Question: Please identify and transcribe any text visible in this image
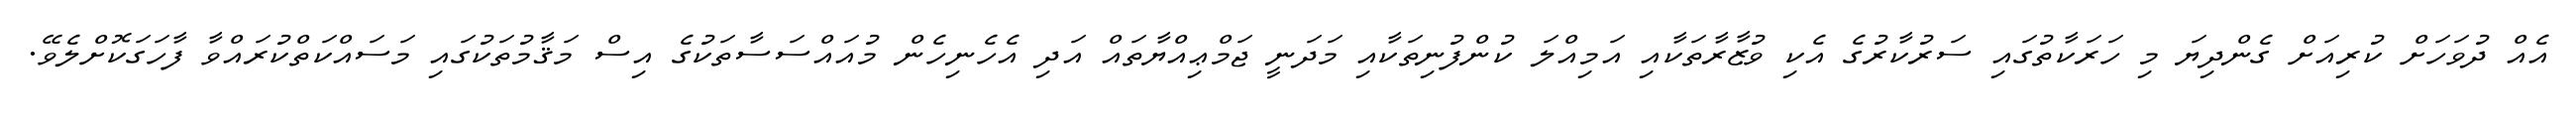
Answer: އެއް ދުވަހަށް ކުރިއަށް ގެންދިޔަ މި ހަރަކާތުގައި ސަރުކާރުގެ އެކި ވުޒާރާތަކާއި އަމިއްލަ ކުންފުނިތަކާއި މަދަނީ ޖަމްޢިއްޔާތައް އަދި އެހެނިހެން މުއައްސަސާތަކުގެ އިސް މަޤާމުތަކުގައި މަސައްކަތްކުރައްވާ ފާހަގަކޮށްލެވޭ.